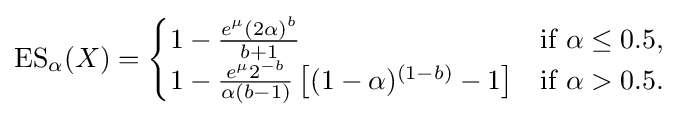
\operatorname {ES} _{\alpha }(X)={\begin{cases}1-{\frac {e^{\mu }(2\alpha )^{b}}{b+1}}&{\text{if }}\alpha \leq 0.5,\\1-{\frac {e^{\mu }2^{-b}}{\alpha (b-1)}}\left[(1-\alpha )^{(1-b)}-1\right]&{\text{if }}\alpha >0.5.\end{cases}}